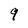
Character: 9